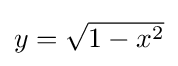
{\textstyle y={\sqrt {1-x^{2}}}}